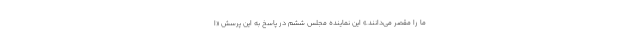
ما را مقصر مي‌دانند.» اين نماينده مجلس ششم در پاسخ به اين پرسش «ا